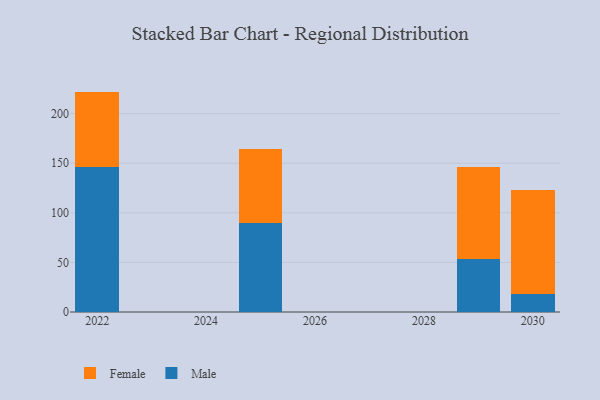
{"axis": {"x": "Year", "y": "Conversion Rate (%)"}, "legend": ["Female", "Male"], "data": [{"x": "2022", "y": 146.2, "type": "Male"}, {"x": "2022", "y": 75.9, "type": "Female"}, {"x": "2029", "y": 53.8, "type": "Male"}, {"x": "2029", "y": 92.8, "type": "Female"}, {"x": "2025", "y": 90.1, "type": "Male"}, {"x": "2025", "y": 74.1, "type": "Female"}, {"x": "2030", "y": 18.6, "type": "Male"}, {"x": "2030", "y": 104.7, "type": "Female"}]}